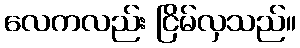
လေကလည်း ငြိမ်လှသည်။